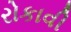
રોકાવી